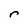
Character: r